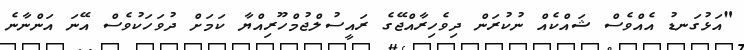
"އަޅުގަނޑު އެއްވެސް ޝައްކެއް ނުކުރަން ދިވެހިރާއްޖޭގެ ރައީސުލްޖުމްހޫރިއްޔާ ކަމަށް ދުވަހަކުވެސް އޭނަ އަންނާނެ